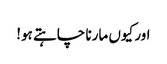
اور کیوں مارنا چاہتے ہو!